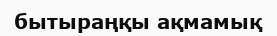
бытыраңқы ақмамық